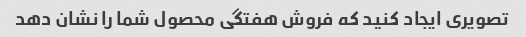
تصویری ایجاد کنید که فروش هفتگی محصول شما را نشان دهد